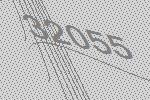
32055